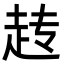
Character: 𬦆